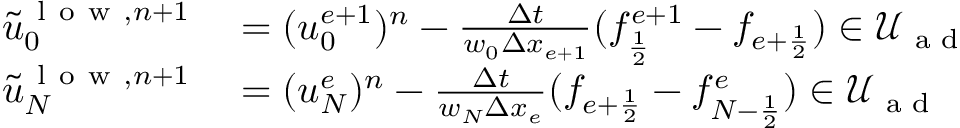
\begin{array} { r l } { \tilde { u } _ { 0 } ^ { \mathrm { ~ l ~ o ~ w ~ } , n + 1 } } & { { } = ( u _ { 0 } ^ { e + 1 } ) ^ { n } - \frac { \Delta t } { w _ { 0 } \Delta x _ { e + 1 } } ( f _ { \frac { 1 } { 2 } } ^ { e + 1 } - f _ { { e + \frac { 1 } { 2 } } } ) \in \mathcal { U } _ { \textrm { a d } } } \\ { \tilde { u } _ { N } ^ { \mathrm { ~ l ~ o ~ w ~ } , n + 1 } } & { { } = ( u _ { N } ^ { e } ) ^ { n } - \frac { \Delta t } { w _ { N } \Delta x _ { e } } ( f _ { { e + \frac { 1 } { 2 } } } - f _ { { N - \frac { 1 } { 2 } } } ^ { e } ) \in \mathcal { U } _ { \textrm { a d } } } \end{array}